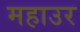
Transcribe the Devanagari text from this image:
महाउर